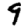
Digit: 9